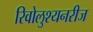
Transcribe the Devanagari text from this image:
रिवोलुश्यनरीज